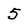
Character: 5